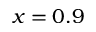
x = 0 . 9